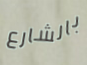
بالشارع